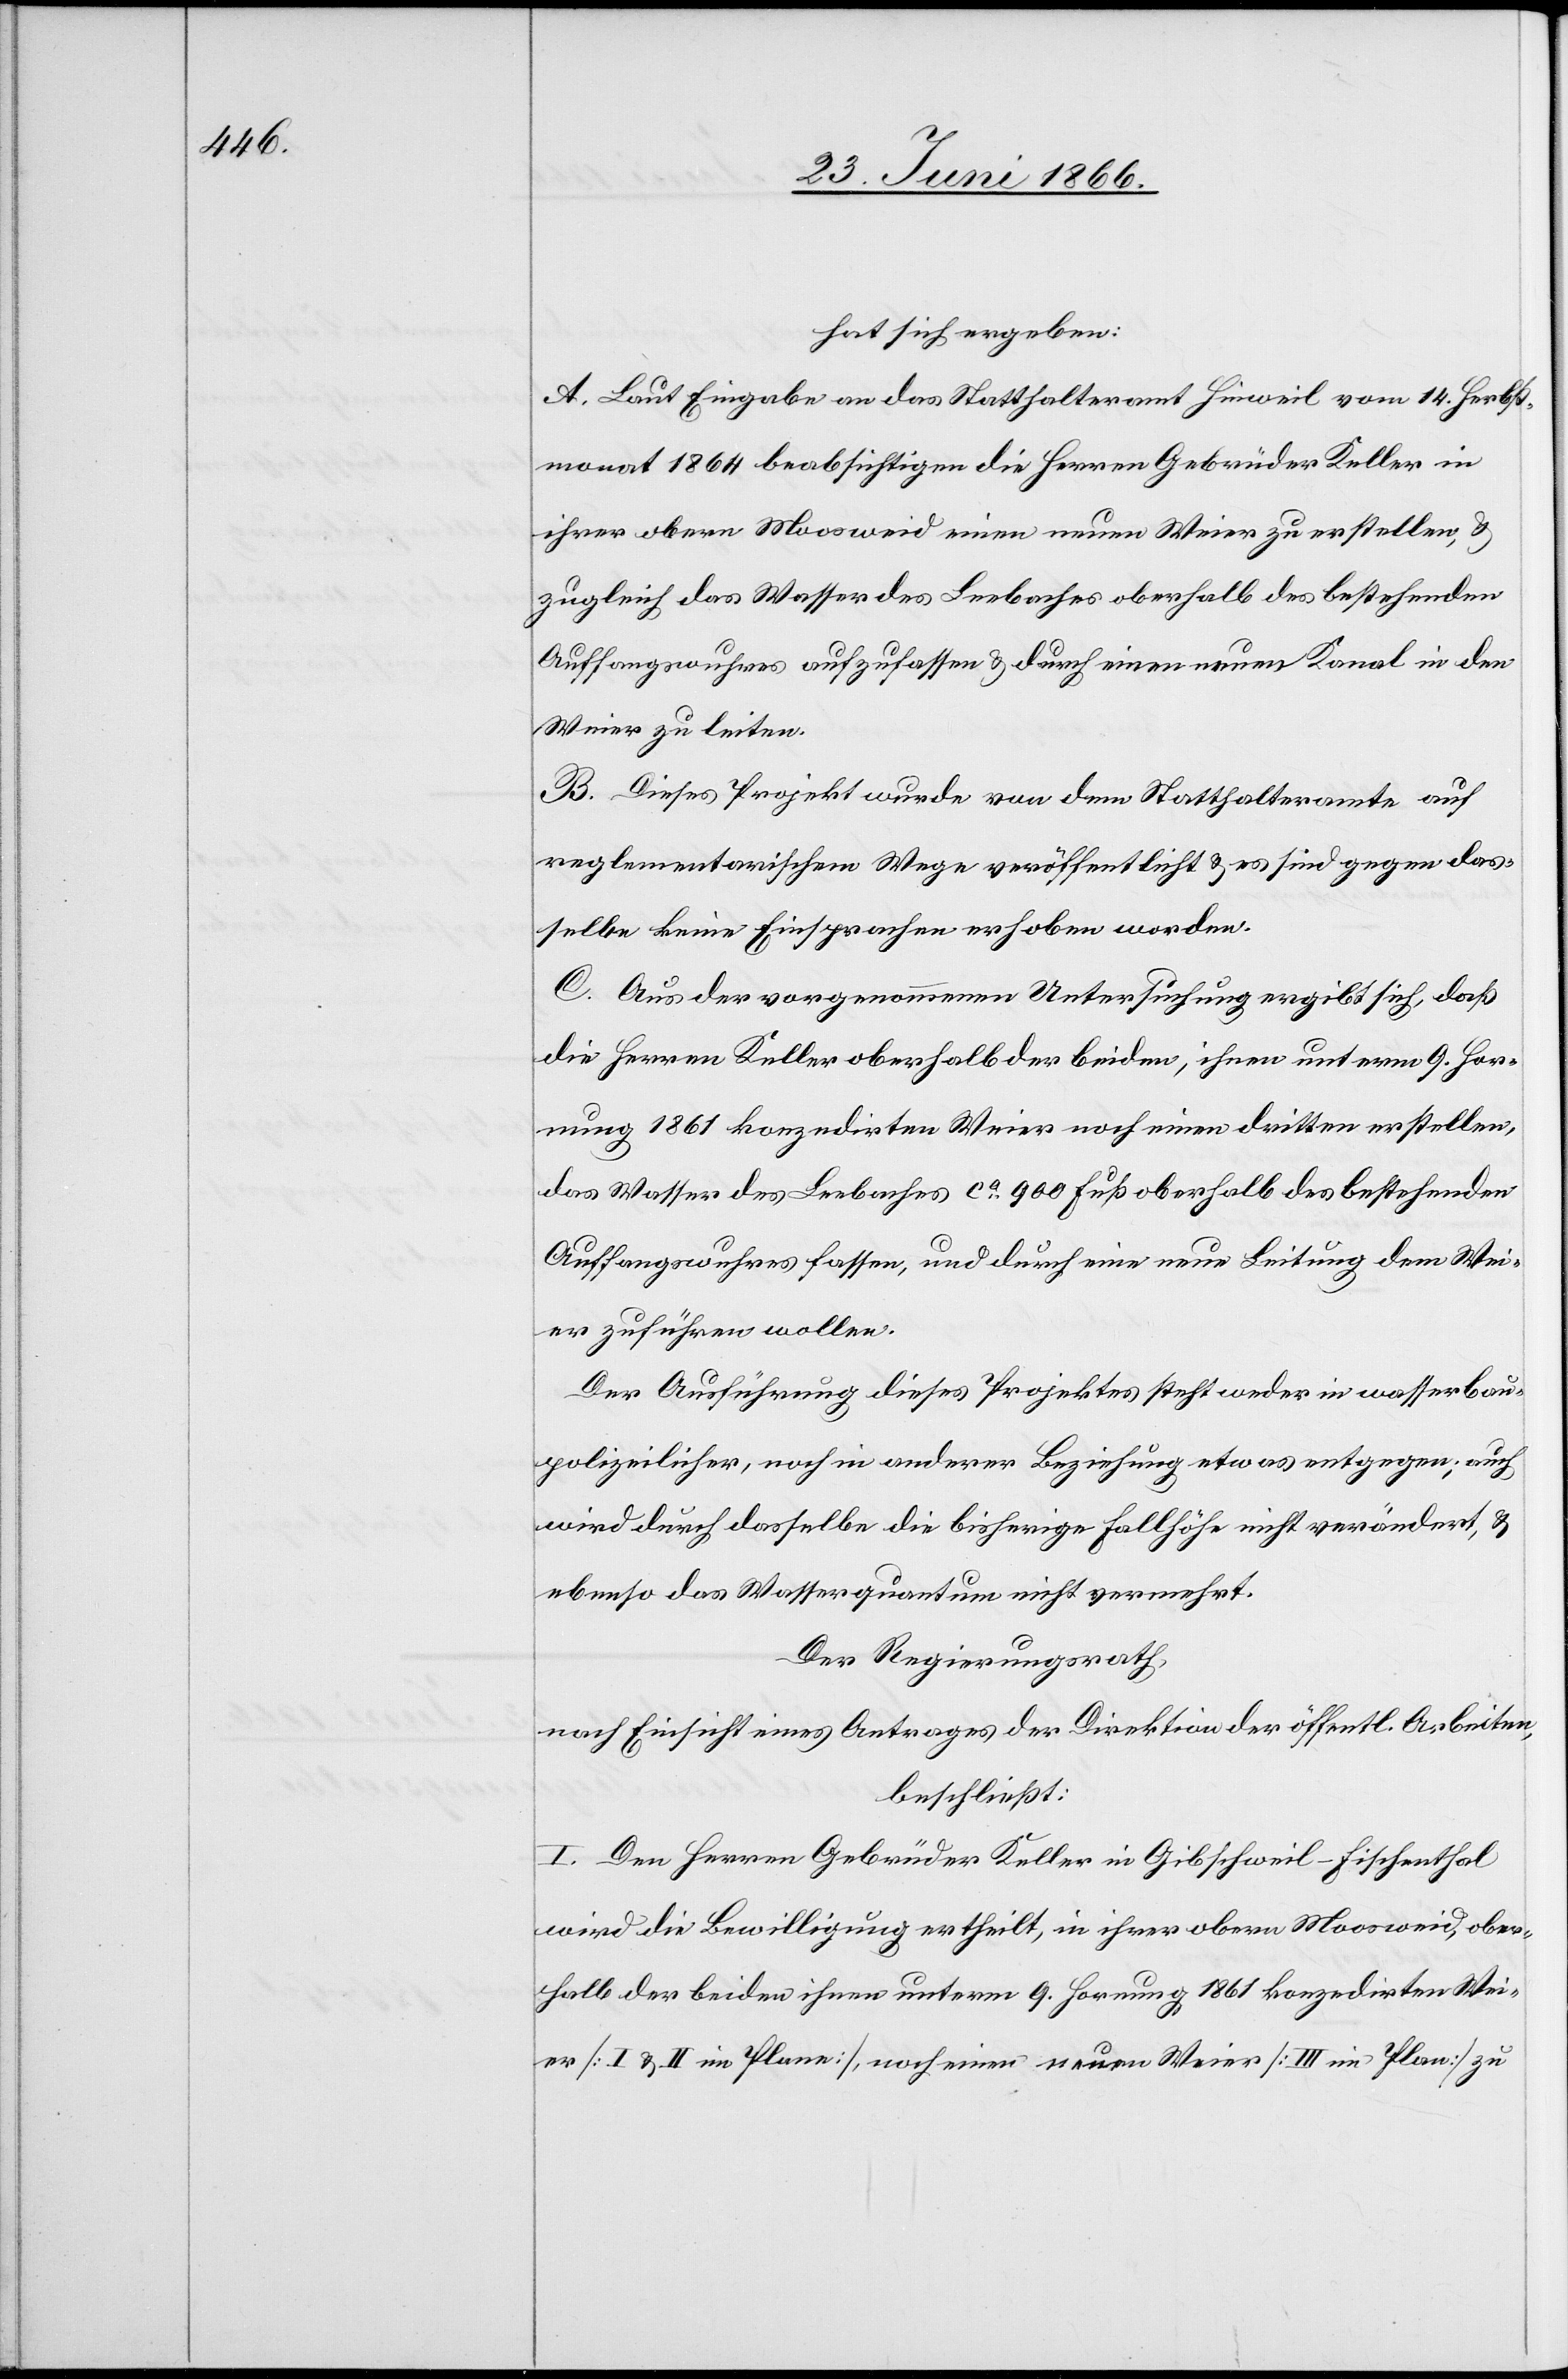
hat sich ergeben:
A. Laut Eingabe an das Statthalteramt Hinweil vom 14. Herbst¬
monat 1864 beabsichtigen die Herren Gebrüder Keller in
ihrer obern Moosweid einen neuen Weier zu erstellen, u.
zugleich das Wasser des Seebaches oberhalb des bestehenden
Auffangswuhres aufzufassen u. durch einen neuen Kanal in den
Weier zu leiten.
B. Dieses Projekt wurde von dem Statthalteramte auf
reglementarischem Wege veröffentlicht u. es sind gegen das¬
selbe keine Einsprachen erhoben worden.
C. Aus der vorgenommenen Untersuchung ergibt sich, daß
die Herren Keller oberhalb der beiden, ihnen unterm 9. Hor¬
nung 1861 konzedirten Weier noch einen dritten erstellen,
das Wasser des Seebaches ca. 900 Fuß oberhalb des bestehenden
Auffangswuhres fassen, und durch eine neue Leitung dem Wei¬
er zuführen wollen.
Der Ausführung dieses Projektes steht weder in wasserbau¬
polizeilicher, noch in anderer Beziehung etwas entgegen; auch
wird durch dasselbe die bisherige Fallhöhe nicht verändert, u.
ebenso das Wasserquantum nicht vermehrt.
Der Regierungsrath,
nach Einsicht eines Antrages der Direktion der öffentl. Arbeiten,
beschließt:
I. Den Herren Gebrüder Keller in Gibschweil-Fischenthal
wird die Bewilligung ertheilt, in ihrer obern Moosweid, ober¬
halb der beiden ihnen unterm 9. Hornung 1861 konzedirten Wei¬
er [I u. II im Plane], noch einen neuen Weier [III im Plane] zu